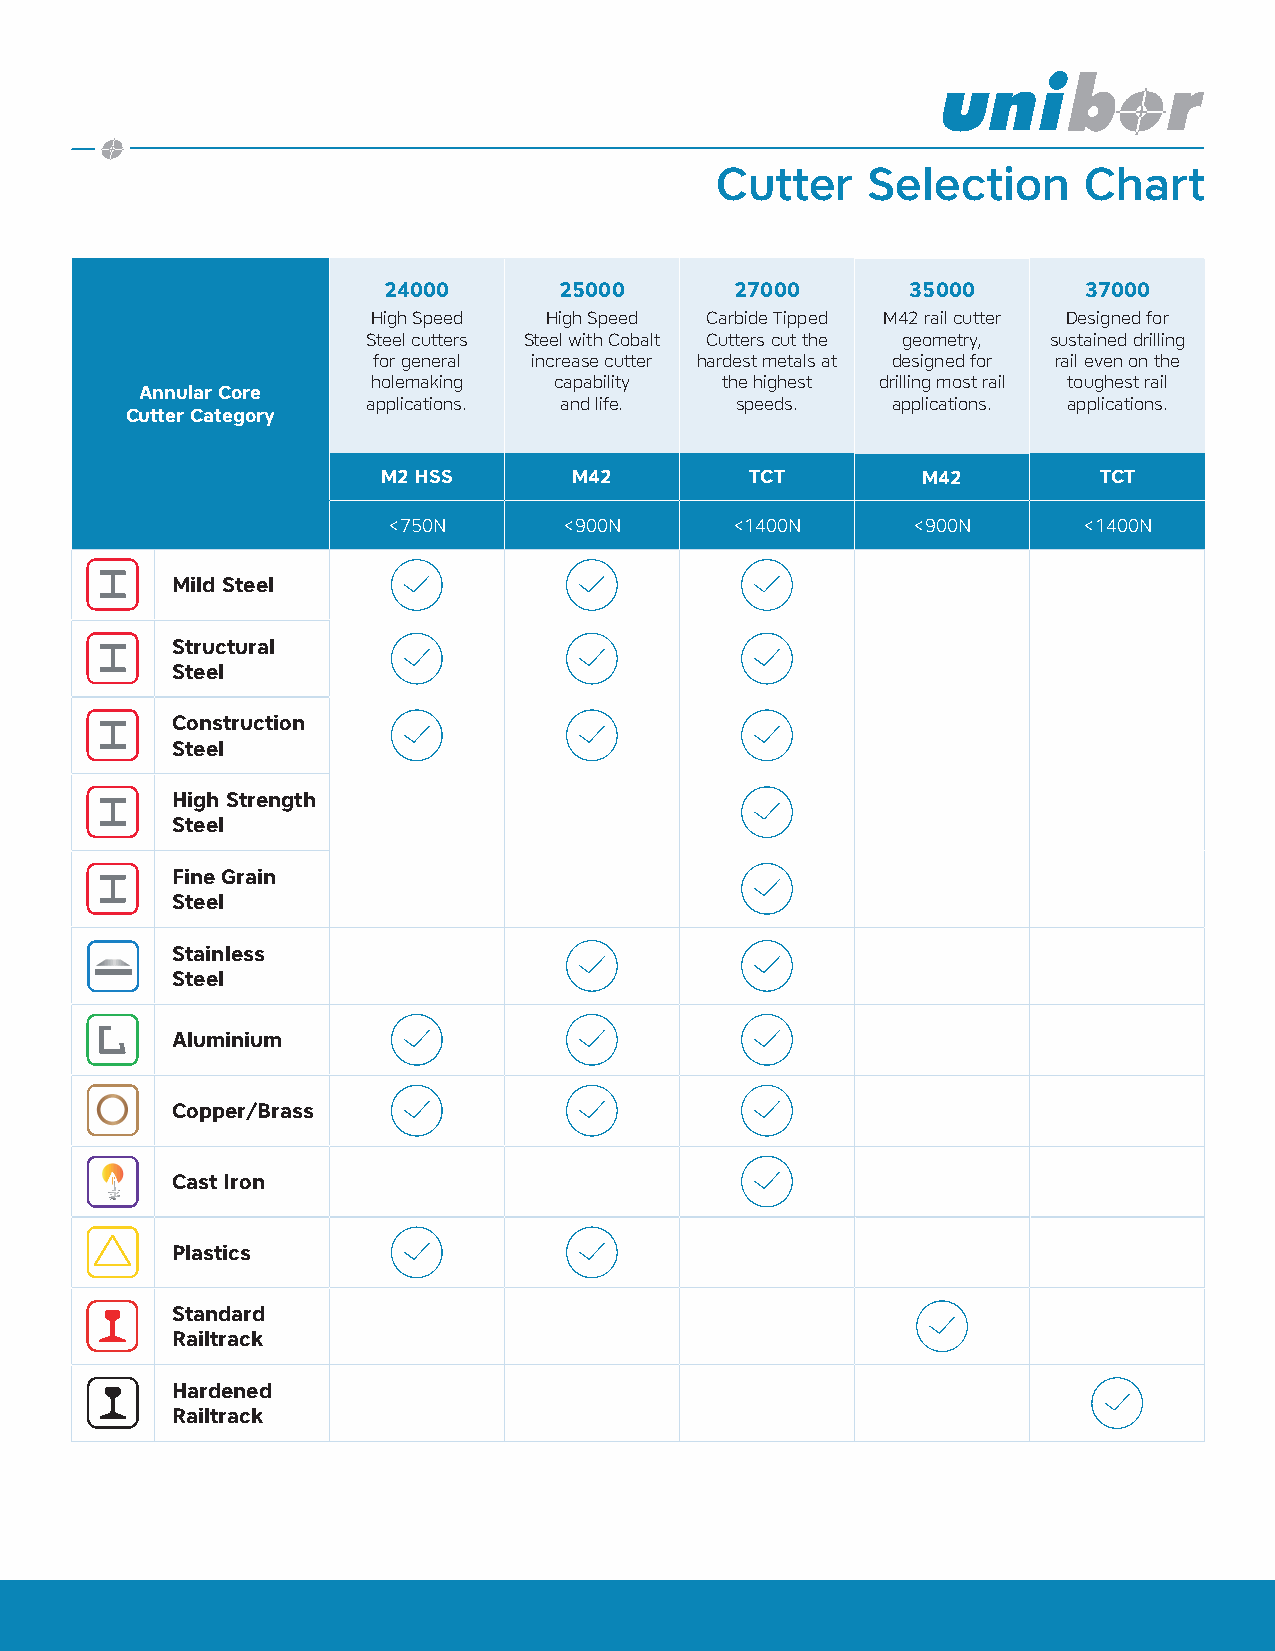
Cutter    Selection      Chart
 24000       25000       27000      35000       37000
 High Speed High Speed Carbide Tipped M42 rail cutter Designed for
 Steel cutters Steel with Cobalt Cutters cut the geometry, sustained drilling
 for general increase cutter hardest metals at designed for rail even on the
 holemaking  capability the highest drilling most rail toughest rail
 Annular Core
 applications. and life.  speeds.   applications. applications.
 Cutter Category
 M2 HSS       M42         TCT        M42         TCT
 <750N      <900N       <1400N     <900N       <1400N
 Mild Steel
 Structural
 Steel
 Construction
 Steel
 High Strength
 Steel
 Fine Grain
 Steel
 Stainless
 Steel
 Aluminium
 Copper/Brass
 Cast Iron
 Plastics
 Standard
 Railtrack
 Hardened
 Railtrack